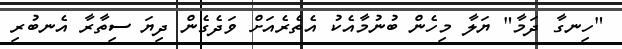
"ހިނގާ ދަމާ" ޔަލާ މިހެން ބުނުމާއެކު އެތެރެއަށް ވަދެގެން ދިޔަ ސިތާރާ އެނބުރި